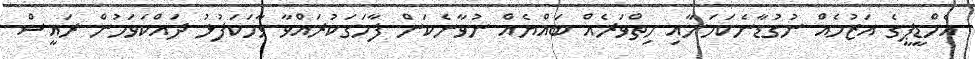
އެމްޑީޕީގެ އަޒުމެއް ނުގުޑާނެކަމަށާއި ހިތްވަރެއް ބައްޔެއް ނުވާނެކަން ފާހަގަކުރައްވާ ވާހަކަފުޅު ދައްކަވަމުން ރައީސް